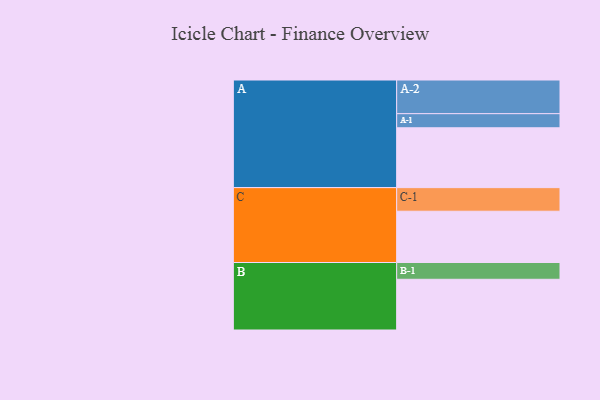
{"axis": {"x": "Segment", "y": "Value"}, "legend": ["", "A", "B", "C"], "data": [{"x": "A", "y": 510, "type": ""}, {"x": "B", "y": 432, "type": ""}, {"x": "C", "y": 437, "type": ""}, {"x": "A-1", "y": 120, "type": "A"}, {"x": "A-2", "y": 287, "type": "A"}, {"x": "B-1", "y": 143, "type": "B"}, {"x": "C-1", "y": 201, "type": "C"}]}